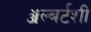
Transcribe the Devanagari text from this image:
ॲल्बर्टशी